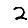
Digit: 2